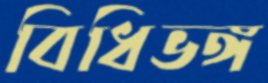
বিধিভঙ্গ